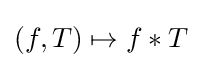
(f,T)\mapsto f*T